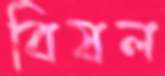
বিষল